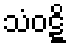
သံဝဋ္ဋိ